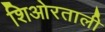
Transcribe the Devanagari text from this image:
शिओरताली